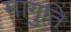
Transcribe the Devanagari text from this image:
मागुति